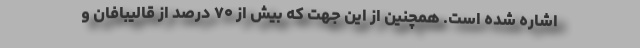
اشاره شده است. همچنین از این جهت که بیش از ۷۰ درصد از قالیبافان و